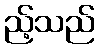
ည့်သည်